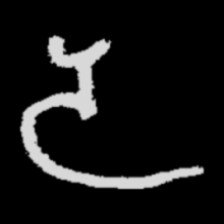
Pyu character \u2014 Myanmar letter: ဒ (romanized: da)